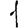
Digit: 1